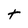
Character: t